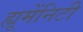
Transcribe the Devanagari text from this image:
ह्यूमेंनिटी